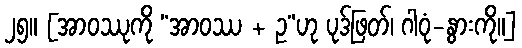
၂၅။ [အာဝဿုကို “အာဝဿ + ဥ”ဟု ပုဒ်ဖြတ်၊ ဂါဝုံ-နွားကို။]